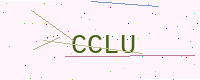
Text: CCLU